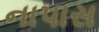
નાપાસ